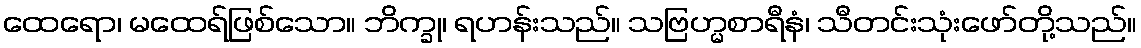
ထေရော၊ မထေရ်ဖြစ်သော။ ဘိက္ခု၊ ရဟန်းသည်။ သဗြဟ္မစာရီနံ၊ သီတင်းသုံးဖော်တို့သည်။